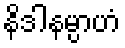
နိဒါနမ္ပာဟံ